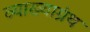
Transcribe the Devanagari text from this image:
व्याख्याग्रंथ